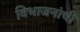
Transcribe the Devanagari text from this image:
विभाजनांची